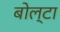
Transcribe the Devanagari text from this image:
बोल्टा